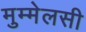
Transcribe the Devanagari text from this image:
मुम्मेलसी